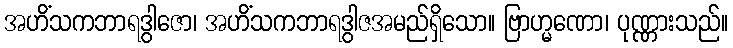
အဟိံသကဘာရဒွါဇော၊ အဟိံသကဘာရဒွါဇအမည်ရှိသော။ ဗြာဟ္မဏော၊ ပုဏ္ဏားသည်။